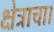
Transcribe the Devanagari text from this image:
क्षेत्राचा।